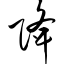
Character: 降